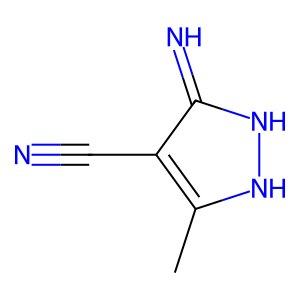
SMILES: Cc1[nH][nH]c(=N)c1C#N
Inhibits HIV replication: No